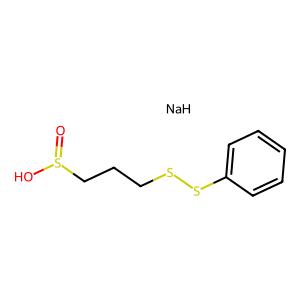
SMILES: O=S(O)CCCSSc1ccccc1.[NaH]
Inhibits HIV replication: No